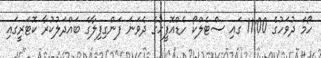
ހޯމަ ދުވަހުގެ 11:00 ގައި ސްޓެލްކޯ ހެޑްއޮފީހުގެ ދެވަނަ ފަންގިފިލާގެ ބައްދަލުކުރާ ކޮޓަރީގައި